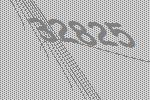
32825